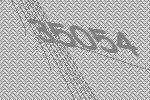
35054